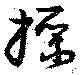
操